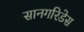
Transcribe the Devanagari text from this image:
सानगरिडेस